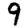
Digit: 9